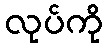
လုပ်ကို